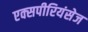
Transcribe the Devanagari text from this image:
एक्‍सपीरियंसेज